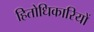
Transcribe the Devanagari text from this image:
हितोधिकारियों